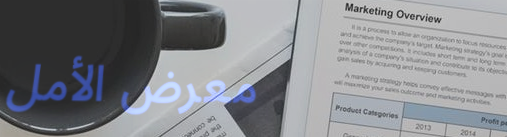
معرض الأمل